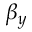
\beta _ { y }